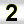
Digit: 2